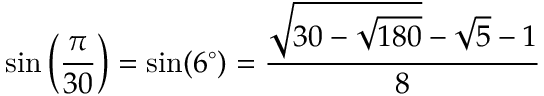
\sin \left( { \frac { \pi } { 3 0 } } \right) = \sin ( 6 ^ { \circ } ) = { \frac { { \sqrt { 3 0 - { \sqrt { 1 8 0 } } } } - { \sqrt { 5 } } - 1 } { 8 } }